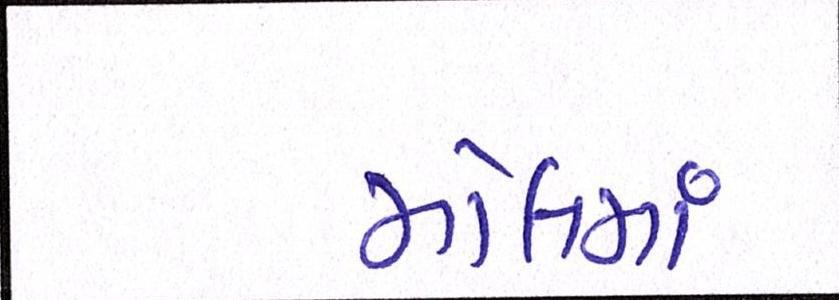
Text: મોલમાં